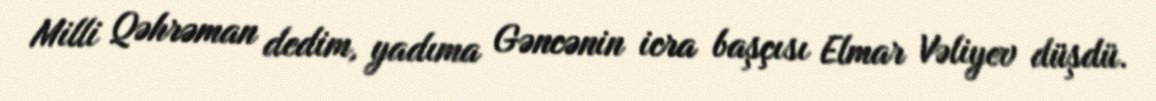
Milli Qəhrəman dedim, yadıma Gəncənin icra başçısı Elmar Vəliyev düşdü.